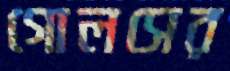
গোলসের